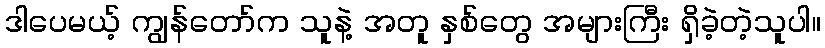
ဒါပေမယ့် ကျွန်တော်က သူနဲ့ အတူ နှစ်တွေ အများကြီး ရှိခဲ့တဲ့သူပါ။